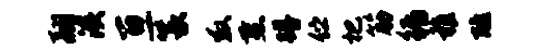
翮溪亘篆救燕蹲伫杷筋循稚醮